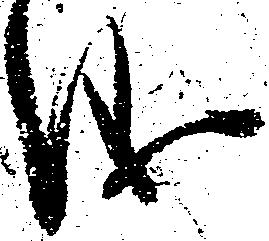
儀